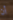
أن